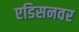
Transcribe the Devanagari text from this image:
एडिसनवर